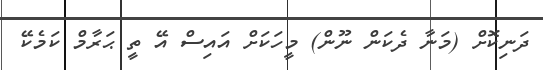
ދަނިކޮށް (މަނާ ދެކަން ނޫން) މީހަކަށް އައިސް އޭ ތީ ޙަރާމް ކަމެކޭ